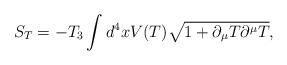
\begin{align*}S_{T}=-T_{3}\int d^{4}x V(T)\sqrt{1+\partial_{\mu}T\partial^{\mu}T},\end{align*}